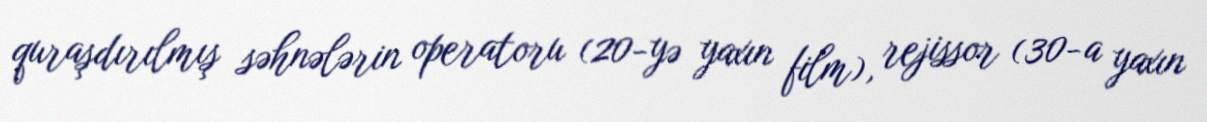
quraşdırılmış səhnələrin operatoru (20-yə yaxın film), rejissor (30-a yaxın